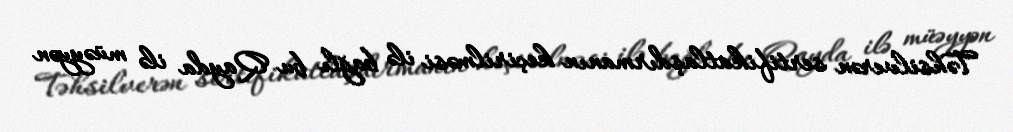
Təhsilverən sertifikatlaşdırmanın keçirilməsi ilə bağlı bu Qayda ilə müəyyən